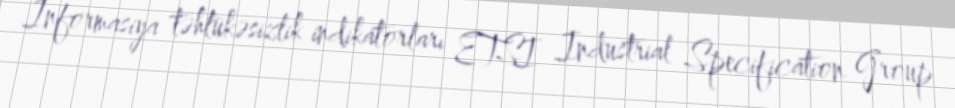
İnformasiya təhlükəsizlik indikatorları ETSI Industrial Specification Group